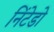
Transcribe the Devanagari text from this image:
निंटेडो